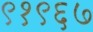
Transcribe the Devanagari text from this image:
९१९६७